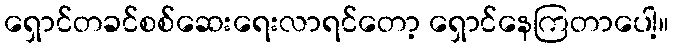
ရှောင်တခင်စစ်ဆေးရေးလာရင်တော့ ရှောင်နေကြတာပေါ့။